Scientific memoirs by medical officers of the Army of India - Part V,
Year: 1890
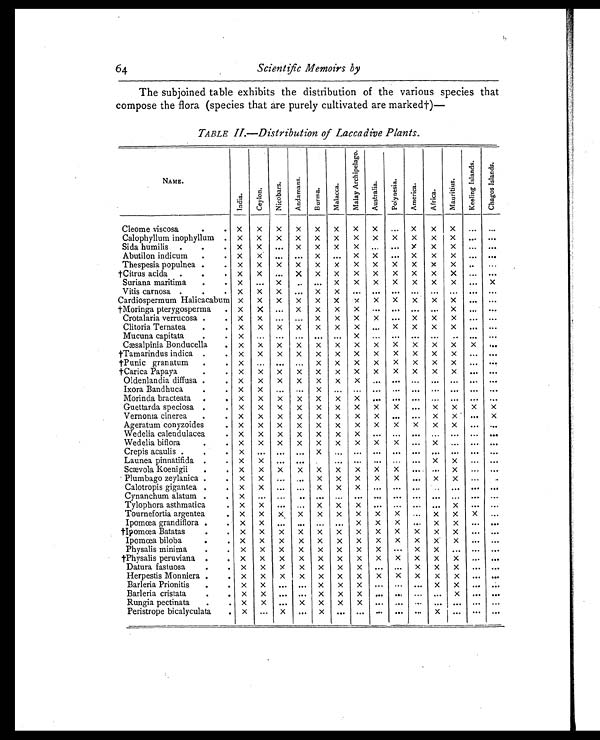
CA
64
Scientific Memoirs by
The subjoined table exhibits the distribution of the various species that
compose the flora (species that are purely cultivated are marked†)—
TABLE II.—Distribution of Laccadive Plants.
N A M E .
I n d i a .
C e y l o n .
N i c o b a r s .
A n d a m a n s .
B u r m a .
M a l a c c a .
M a l a y A r c h i p e l a g o .
A u s t r a l i a .
P o l l y n e s i a .
A m e r i c a .
A f r i c a .
M a u r i t i u s .
K e e l i n g I s l a n d s .
C h a g o s I s l a n d s .
Cleome viscosa
.. x
x
x
x
x
x
x
x
...
x x
x
... ...
Calophyllum inophyllum .
x
x
x
x
x
x
x
x
x
x
x
x
...
...
Sida humilis .
.
.
x x
...
x x
x
x
... ...
x
x
x
...
...
Abutilon indicum
.
. x
x
...
... x
...
x
x
...
x
x
x
... ...
Thespesia populnea .
.
x
x
x
x
x
x
x
x
x
x
x x
... ...
†Citrus acida
.
.
. x
x
...
x
x
x
x
x
x
x
x x
...
...
Suriana maritima
. .
x
...
x
... ...
x
x
x
x
x
x
x
...
x
Vitis carnosa .
.
. x
x
x
...
x
x
...
...
. . .
. . .
. . .
. . .
. . .
. . .
Cardiospermum Halicacabum x
x
x
x
x
x
x
x
x
x
x
x
...
...
†Moringa pterygosperma
. x
x
...
x
x
x
x
... ... ... ...
x
...
...
Crotalaria verrucosa . .
x
x
... ...
x
x
x
x
...
x
x
x
... ...
Clitoria Ternatea
.
.
x
x
x
x
x
x x
...
x
x
x
x
... ...
Mucuna capitata
. .
x
... ... ... ... ...
x
... ... ... ... ... ... ...
Cæsalpinia Bonducella
.
x
x
x
x
x
x
x
x
x
x
x
x x
...
†Tamarindus indica .
. x
x
x
x
x
x
x
x
x
x
x
x
... ...
†Punic granatum
. .
x
... ... ...
x x x
x
x
x
x
x
... ...
†Carica Papaya
.
.
x
x
x
x
x
x
x
x
x
x x x
... ...
Oldenlandia diffusa .
.
x
x
x
x
x
x
x
... ...
...
... ... ... ...
Ixora Bandhuca
. .
x
x
... ...
x
... ... ... ... ... ... ... ... ...
Morinda bracteata
.
.
x
x
x
x
x
x x
... ... ... ... ... ... ...
Guettarda speciosa .
.
x
x
x
x
x
x
x
x x
...
x
x
x
x
Vernonia cinerea
.
.
x
x
x
x
x
x
x x
... ...
x x
...
x
Ageratum conyzoides
.
x
x
x
x
x
x
x
x
x
x
x x
...
...
Wedelia calendulacea
.
x
x
x
x
x
x
x
... ... ...
...
... ... ...
Wedelia biflora
. .
x
x
x
x
x
x
x
x
x
...
x
... ... ...
Crepis acaulis .
. .
x
... ... ...
x
... ... ... ... ... ... ... ... ...
Launea pinnatifida .
. x
x
... ...
... ... ... ... ...
x x
... ...
Scævola Koenigii . .
x
x
x
x
x
x
x
x x
... ...
x
... ...
Plumbago zeylanica
. .
x
x
...
...
x
x
x
x
x
...
x x
... ...
Calotropis gigantea .
. x
x
...
... x
x
x
...
... ...
...
... ... ...
Cynanchum alatum
. .
x
... ... ... ... ... ... ... ... ... ... ... ... ...
Tylophora asthmatica
.
x x
... ...
x x x
... ... ... ...
x
... ...
Tournefortia argentea
.
x
x
x x
x
x
x
x
x
...
x
x
x
...
Ipomœa grandiflora
.
. x
x ...
... ... ...
x
x
x
...
x
x
... ...
†Ipomœa Batatas
. .
x
x
x
x
x
x
x
x
x
x
x x
... ...
Ipomœa biloba
.
.
x
x
x
x
x
x
x
x
x
x
x
x
...
...
Physalis minima
. .
x
x
x
x
x
x
x x
...
x
x
... ... ...
†Physalis peruviana . .
x
x
x
x
x
x
x
x
x
x
x
x
... ...
Datura fastuosa
. .
x
x
x
x
x
x x
... ...
x
x
x
... ...
Herpestis Monniera
.
.
x
x
x
x
x
x
x
x
x
x
x
x
... ...
Barleria Prionitis
.
. x
x ...
... x
x
x ...
... ... x
x
...
...
Barleria cristata
.
.
x x
... ...
x x x
... ...... ...
x
... ...
Rungia pectinata
. .
x
x
...
x
x
x
x
...
...
...
... ... ... ...
Peristrope bicalyculata
.
x
...
x
...
x
...... ... ......
x
... ......